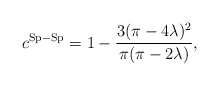
\begin{align*}c^{\rm Sp-Sp} = 1- \frac{3(\pi-4\lambda)^2}{\pi(\pi-2\lambda)},\end{align*}